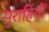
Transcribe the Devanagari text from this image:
सुराहियों